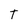
Character: T